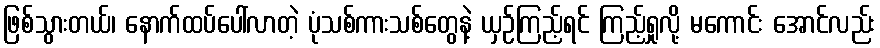
ဖြစ်သွားတယ်၊ နောက်ထပ်ပေါ်လာတဲ့ ပုံသစ်ကားသစ်တွေနဲ့ ယှဉ်ကြည့်ရင် ကြည့်ရှုလို့ မကောင်း အောင်လည်း